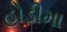
હોડીમા